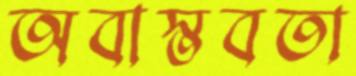
অবাস্তবতা